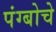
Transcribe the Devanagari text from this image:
पंग्बोचे